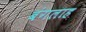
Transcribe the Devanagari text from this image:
बंगलाह